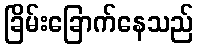
ခြိမ်းခြောက်နေသည်